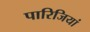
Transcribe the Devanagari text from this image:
पारिजियां